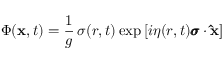
\Phi ( { \bf x } , t ) = \frac { 1 } { g } \, \sigma ( r , t ) \exp \left[ i \eta ( r , t ) { \pmb \sigma } \cdot { \bf \hat { x } } \right]